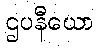
ဌပနီယော